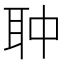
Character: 𦕏